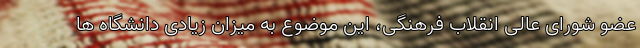
عضو شورای عالی انقلاب فرهنگی، این موضوع به میزان زیادی دانشگاه ‌ها